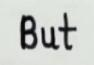
But